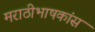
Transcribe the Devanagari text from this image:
मराठीभाषकांस